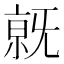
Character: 𣄶